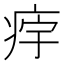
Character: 𱱔